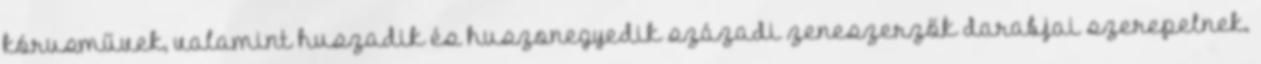
kórusművek, valamint huszadik és huszonegyedik századi zeneszerzők darabjai szerepelnek.